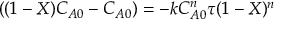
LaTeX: ( ( 1 - X ) C _ { A 0 } - C _ { A 0 } ) = - k C _ { A 0 } ^ { n } \tau ( 1 - X ) ^ { n }